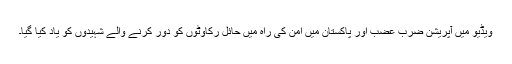
ویڈیو میں آپریشن ضرب عضب اور پاکستان میں امن کی راہ میں حائل رکاوٹوں کو دور کرنے والے شہیدوں کو یاد کیا گیا۔